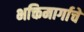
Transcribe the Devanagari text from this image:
भक्तिमार्गाचे